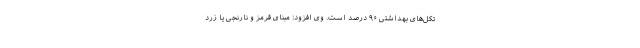
تکل‌های بهداشتی ۹۰ درصد است. وی افزود: مبنای قرمز و نارنجی یا زرد